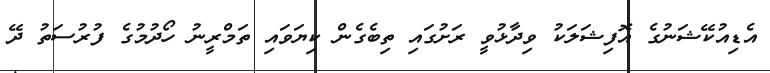
އެޑިއުކޭޝަނުގެ އޮފިޝަލަކު ވިދާޅުވީ ރަށުގައި ތިބެގެން ކިޔަވައި ތަމްރީނު ހޯދުމުގެ ފުރުސަތު ދޭ